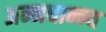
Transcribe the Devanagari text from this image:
अन्नधान्न्य